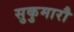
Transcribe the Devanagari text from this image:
सुकुमारौ